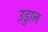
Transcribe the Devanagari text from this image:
उडुाल